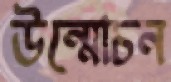
উন্মোচন